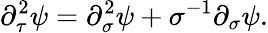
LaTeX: \partial_{\tau}^{2}\psi=\partial_{\sigma}^{2}\psi+\sigma^{-1}\partial_{\sigma}\psi.